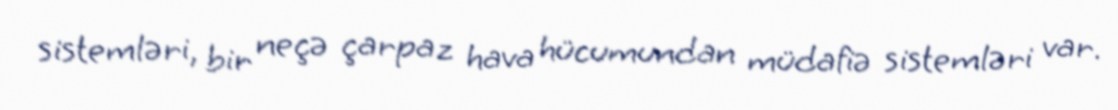
sistemləri, bir neçə çarpaz hava hücumundan müdafiə sistemləri var.